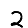
Digit: 2